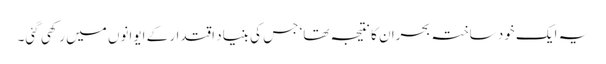
یہ ایک خود ساختہ بحران کا نتیجہ تھا‘ جس کی بنیاد اقتدار کے ایوانوں میں رکھی گئی۔